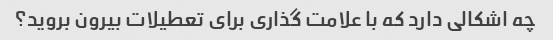
چه اشکالی دارد که با علامت گذاری برای تعطیلات بیرون بروید؟